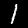
Label: 1